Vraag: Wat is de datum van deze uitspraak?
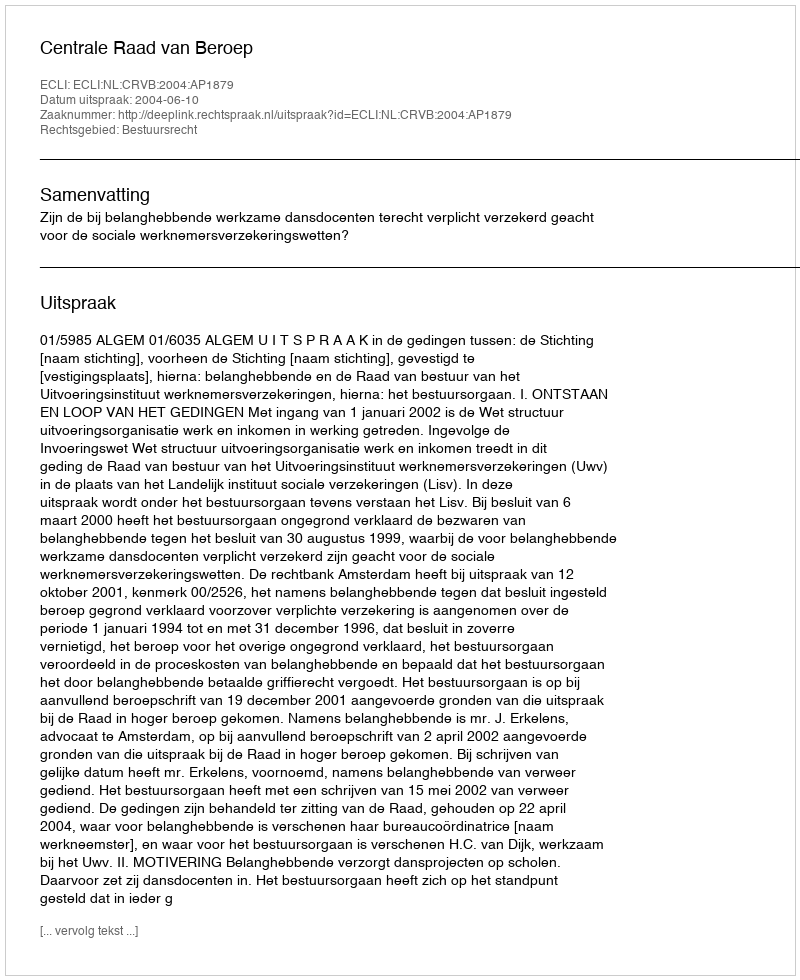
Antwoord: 2004-06-10